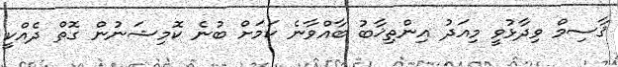
ޤާސިމް ވިދާޅުވީ މިއަދު އިންތިޚާބު ބާއްވާނެ ކަމަށް ބުނެ ކޮމިޝަނުން ގޮތް ދެއްކީ